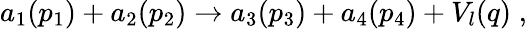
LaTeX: a_{1}(p_{1})+a_{2}(p_{2})\rightarrow a_{3}(p_{3})+a_{4}(p_{4})+V_{l}(q)\; ,